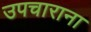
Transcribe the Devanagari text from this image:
उपचाराना